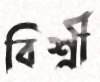
বিশ্রী